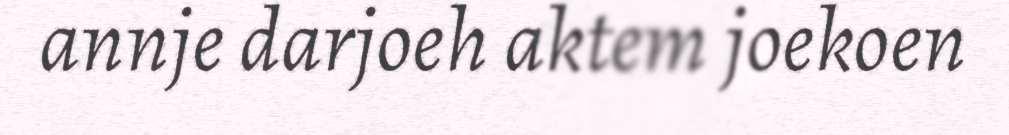
annje darjoeh aktem joekoen